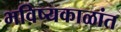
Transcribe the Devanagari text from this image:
भविष्यकाळांत